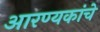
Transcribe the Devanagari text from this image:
आरण्यकांचे